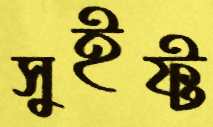
সুইফ্ট